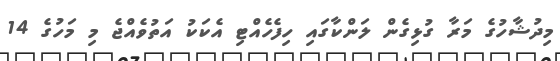
މިދުޝާހުގެ މަރާ ގުޅިގެން ލަންކާގައި ހިފެހެއްޓި އެކަކު އަތުވެއްޖެ މި މަހުގެ 14